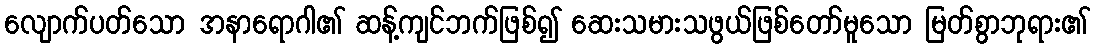
လျောက်ပတ်သော အနာရောဂါ၏ ဆန့်ကျင်ဘက်ဖြစ်၍ ဆေးသမားသဖွယ်ဖြစ်တော်မူသော မြတ်စွာဘုရား၏